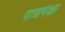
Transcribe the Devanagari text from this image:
पात्रापेक्षा